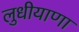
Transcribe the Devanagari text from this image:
लुधीयाणा